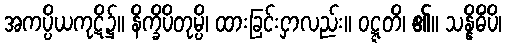
အကပ္ပိယကုဋိ၌။ နိက္ခိပိတုမ္ပိ၊ ထားခြင်းငှာလည်း။ ဝဋ္ဋတိ၊ ၏။ သန္နိဓိံပိ၊